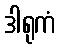
ဒါရုကံ